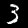
Digit: 3